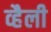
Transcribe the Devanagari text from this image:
व्हैली